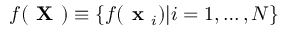
f ( \textbf { X } ) \equiv \{ f ( \textbf { x } _ { i } ) | i = 1 , \dots , N \}